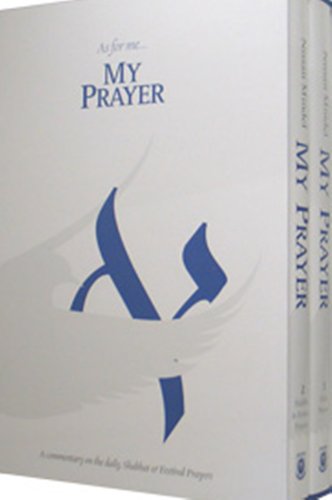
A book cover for My Prayer 2 Volume Set; Rabbi Nissan Mindel; Religion & Spirituality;